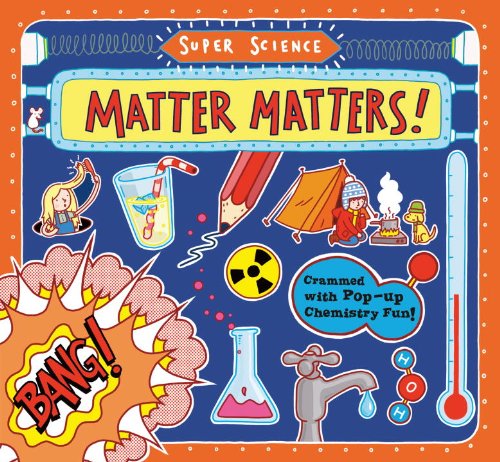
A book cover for Super Science: Matter Matters!; Tom Adams; Children's Books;